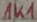
Text: 1K1